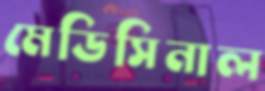
মেডিসিনাল